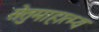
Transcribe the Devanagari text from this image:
सेतुमाहात्म्य